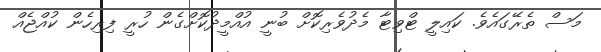
މަސް ތެރޭގައެވެ. ކައިލީ ޓްވިޓާ މެދުވެރިކޮށް ބުނީ އުއްމީދުކޮށްގެން ހުރީ ފިިރިހެން ކުއްޖެއް